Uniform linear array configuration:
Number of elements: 12
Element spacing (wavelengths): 1
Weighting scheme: kaiser
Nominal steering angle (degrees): -45
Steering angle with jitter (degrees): -43.502
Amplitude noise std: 0.05
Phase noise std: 0.05

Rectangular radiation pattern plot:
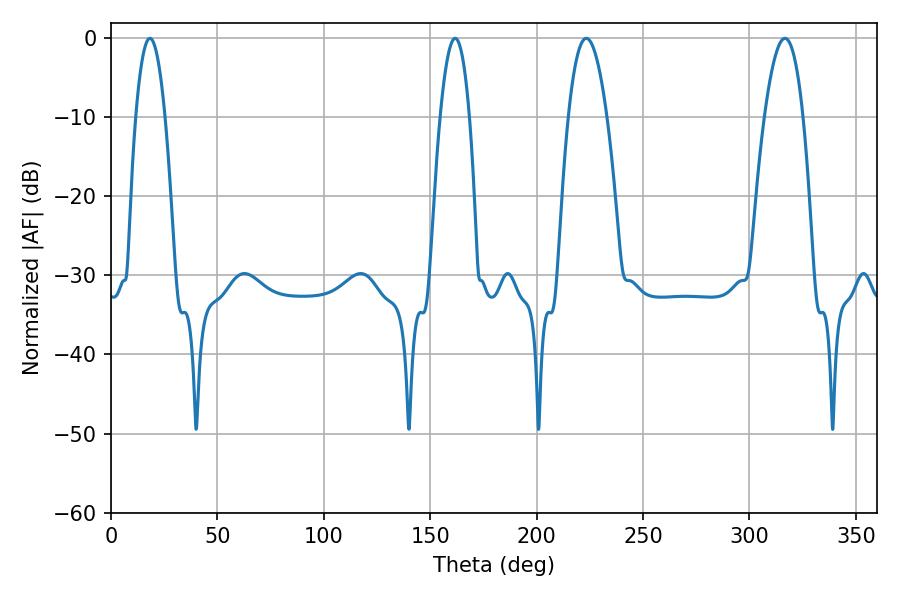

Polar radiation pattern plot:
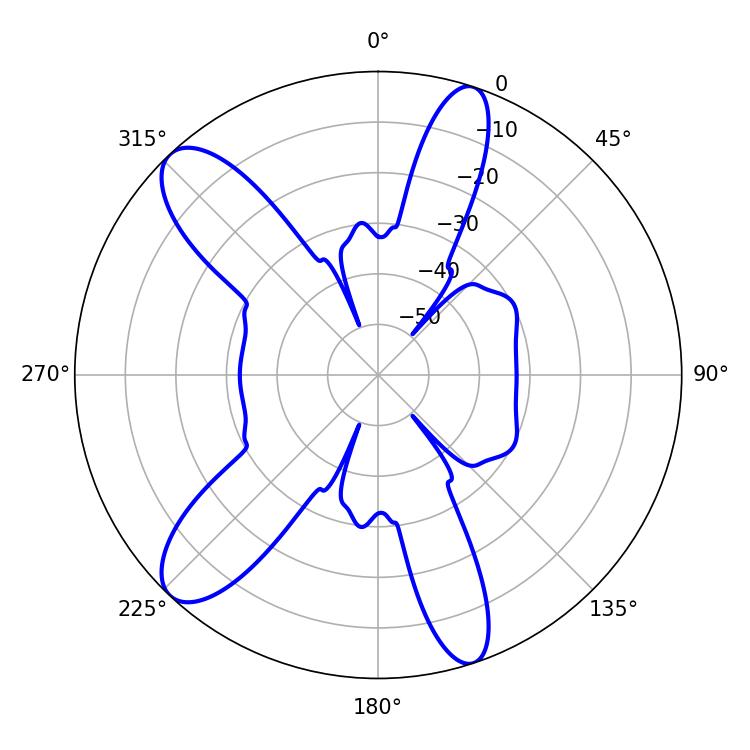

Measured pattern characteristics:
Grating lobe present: TRUE
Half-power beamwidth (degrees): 10.08
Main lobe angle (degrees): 223.38